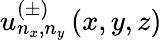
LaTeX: u_{n_{x},n_{y}}^{(\pm)}\left(x,y,z\right)